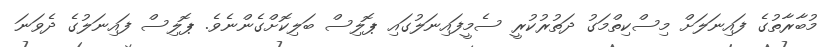
މުބާރާތުގެ ފައިނަލަށް މިސްކިތްމަގު ދަތުރުކުރީ ސެމީފައިނަލުގައި ޕޮލިސް ބަލިކޮށްގެންނެވެ. ޕޮލިސް ފައިނަލުގެ ދެވަނަ